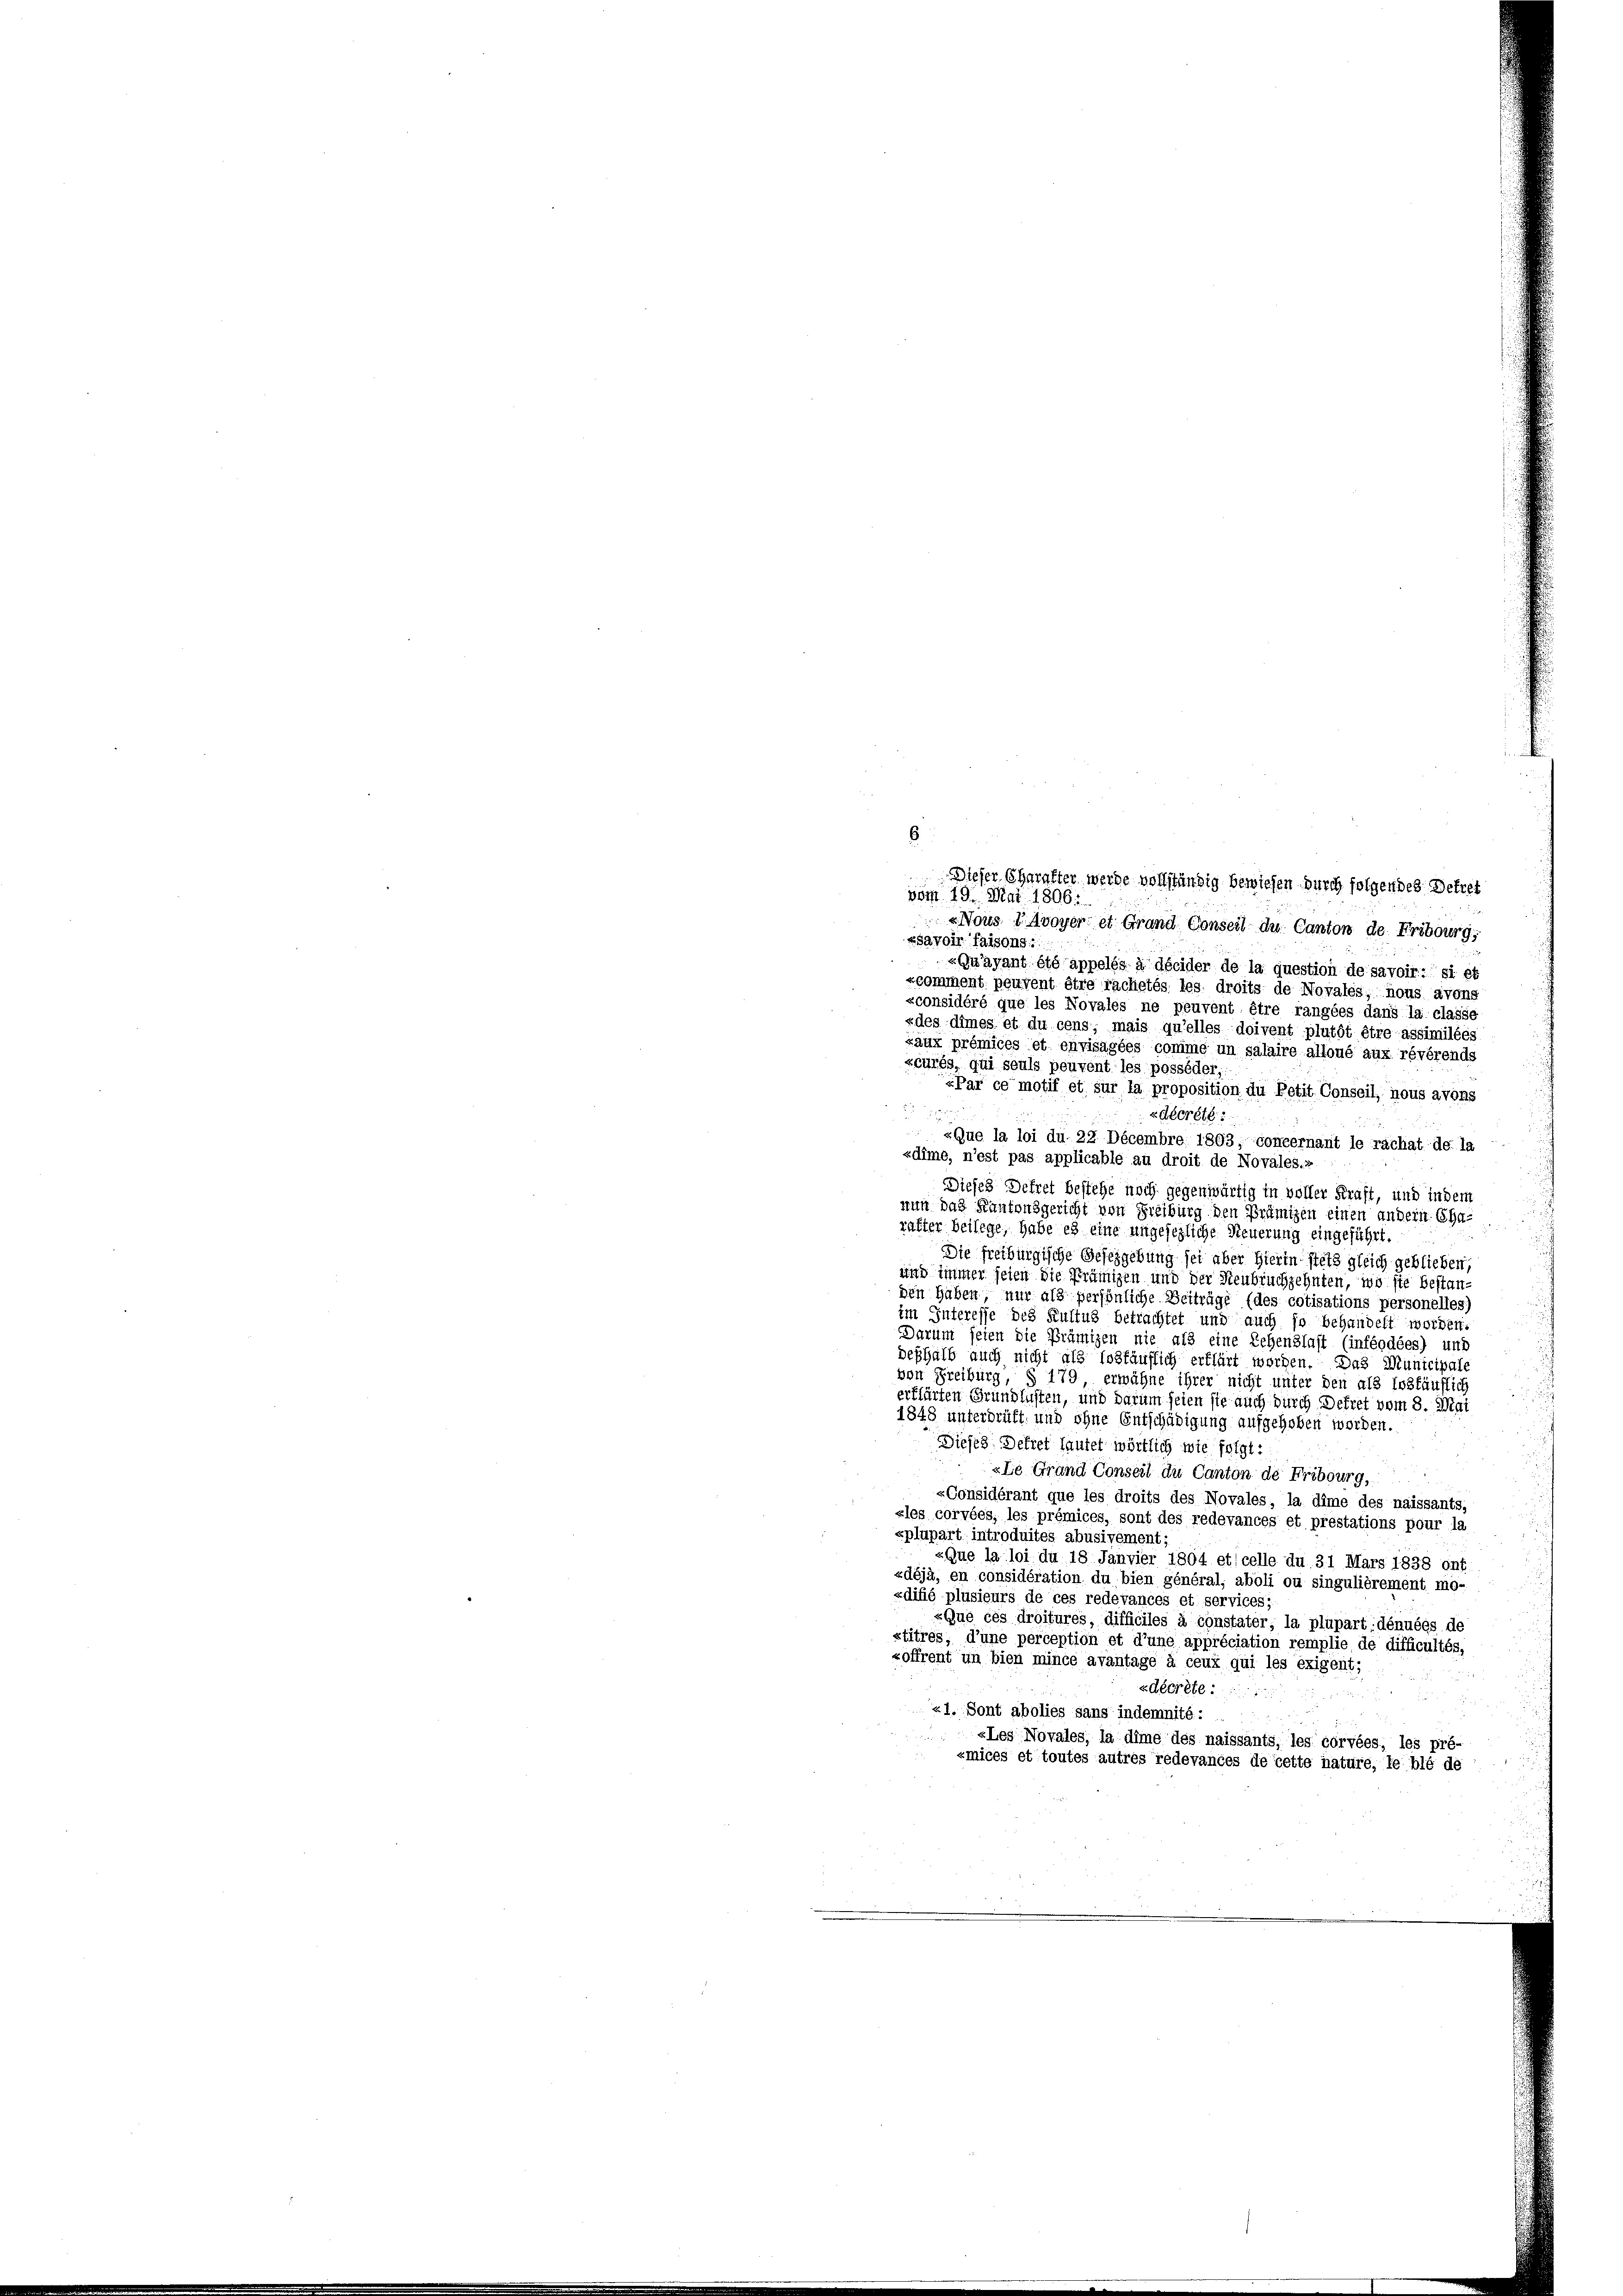
6
Dieser Charakter werde vollständig bewiesen durch folgendes Betret
vom 19. Mai 1806.
Nous Avoyer et Grand Conseil du Canton de Fribourg,
»savoir faisons
«Quayant été appelés à décider de la question de savoir: si et
«comment peuvent être rachetés les droits de Novales, nous avons
«considéré que les Novales ne peuvent être rangées dans la classe
«des dimes et du cens; mais qu’elles doivent plutôt être assimilées
zaux prémices et envisagées comme un salaire alloué aux révérends
zéurés, qui seuls peuvent les posséder,
»Par ce motif et sur la proposition du Petit Conseil, nous avons
85
zsecrété
«Que la loi du 22 Décembre 1803, concernant le rachat de la
zdime, n’est pas applicable au droit de Novales.»
Dieses Dekret bestehe noch gegenwärtig in voller Kraft, und indem
nun das Kantonsgericht von Freiburg den Prämizen einen andern Cha-
rakter beilege, habe es eine ungesezliche Steuerung eingeführt.
Die freiburgische Gesetzgebung sei aber Hierin stets gleich geblieben,
und immer seien die Prümigen und der Neubruchzehnten, wo sie bestan-
den haben, nur als persönliche Beiträge (des cotisations personelles)
im Interesse des Kultus betrachtet und auch so behandelt worden.
Darum seien die Prämigen nie als eine Lehenslast (inféodées) und
deshalb auch nicht als loskäuflich erklärt worden. Das Municipale
von Freiburg, § 179, erwähne ihrer nicht unter den als loskäuflich
erklärten Grundlasten, und darum seien sie auch durch Dekret vom 8. Mai
1848 unterdrüft, und ohne Entschädigung aufgehoben worden.
Dieses Dekret lautet wörtlich wie folgt:
«Le Grand Conseil du Canton de Fribourg,
«Considérant que les droits des Novales, la dime des naissants,
«les corvées, les prémices, sont des redevances et prestations pour la
xplupart introduites abusivement;
«Que la loi du 18. Janvier 1804 et celle du 31 Mars 1838 ont
«déjà, en considération du bien général, aboli ou singulièrement mo-
«difié plusieurs de ces redevances et services;
«Que ces droitures, difficiles à constater, la plupart dénuées de
stitres, d’une perception et d’une appréciation remplie de difficultés,
xoffrent un bien mince avantage à ceux qui les exigent,
«décrete
«1. Sont abolies sans indemnité:
«Les Novales, la dime des naissants, les corvées, les pré-
zmices et toutes autres redevances de cette nature, le blé de